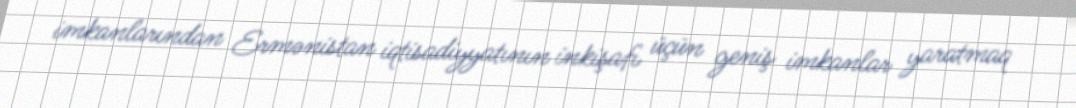
imkanlarından Ermənistan iqtisadiyyatının inkişafı üçün geniş imkanlar yaratmaq